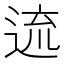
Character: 𨓞